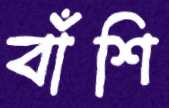
বাঁশি